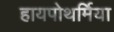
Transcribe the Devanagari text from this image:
हायपोथर्मिया